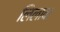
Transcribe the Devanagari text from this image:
लिलावा